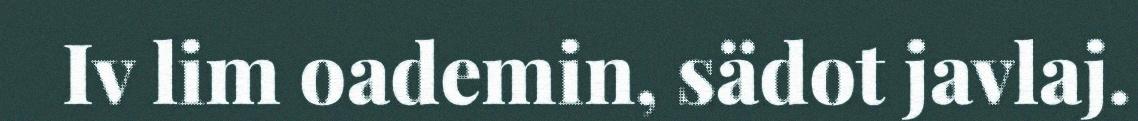
Iv lim oademin, sädot javlaj.